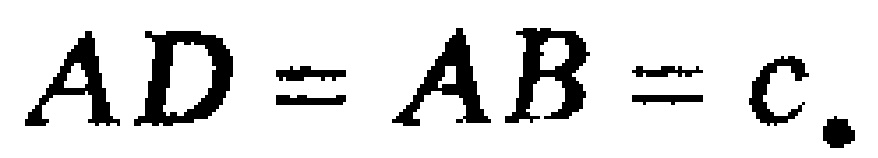
$AD = AB = c.$